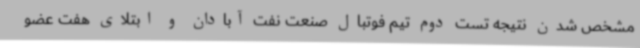
مشخص شدن نتیجه تست دوم تیم فوتبال صنعت نفت آبادان و ابتلای هفت عضو